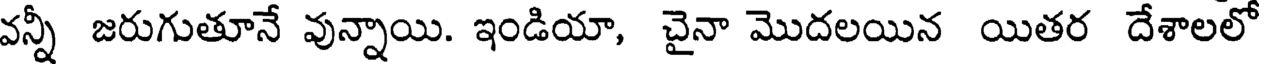
వన్నీ జరుగుతూనే వున్నాయి. ఇండియా, చైనా మొదలయిన యితర దేశాలలో